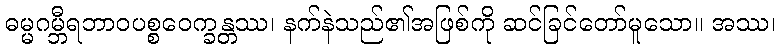
ဓမ္မဂမ္ဘီရဘာဝပစ္စဝေက္ခန္တဿ၊ နက်နဲသည်၏အဖြစ်ကို ဆင်ခြင်တော်မူသော။ အဿ၊